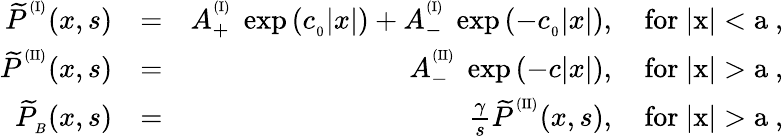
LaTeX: \begin{array}{rlr}{{\widetilde P}^{^{(\mathrm{I})}}(x,s)}&{=}&{A_{+}^{^{(\mathrm{I})}}\ \exp{\left(c_{_0}|x|\right)}+A_{-}^{^{(\mathrm{I})}}\ \exp{\left(-c_{_0}|x|\right)},\quad\mathrm{for~|x|<a~},}\\ {{\widetilde P}^{^{(\mathrm{II})}}(x,s)}&{=}&{A_{-}^{^{(\mathrm{II})}}\ \exp{\left(-c|x|\right)},\quad\mathrm{for~|x|>a~},}\\ {{\widetilde P}_{_B}(x,s)}&{=}&{\frac{\gamma}{s}{\widetilde P}^{^{(\mathrm{II})}}(x,s),\quad\mathrm{for~|x|>a~},}\end{array}